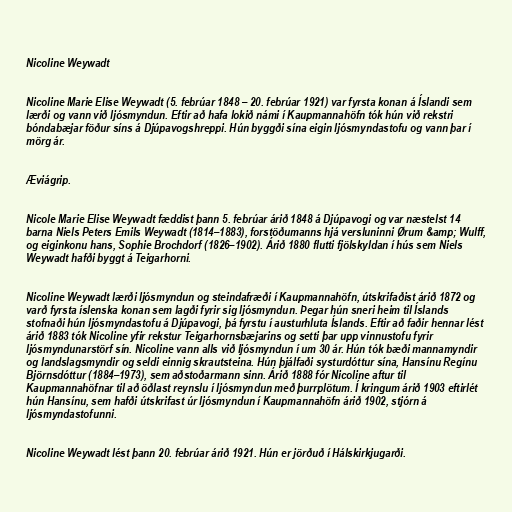
Nicoline Weywadt

Nicoline Marie Elise Weywadt (5. febrúar 1848 – 20. febrúar 1921) var fyrsta konan á Íslandi sem
lærði og vann við ljósmyndun. Eftir að hafa lokið námi í Kaupmannahöfn tók hún við rekstri
bóndabæjar föður síns á Djúpavogshreppi. Hún byggði sína eigin ljósmyndastofu og vann þar í
mörg ár.

Æviágrip.

Nicole Marie Elise Weywadt fæddist þann 5. febrúar árið 1848 á Djúpavogi og var næstelst 14
barna Niels Peters Emils Weywadt (1814–1883), forstöðumanns hjá versluninni Ørum &amp; Wulff,
og eiginkonu hans, Sophie Brochdorf (1826–1902). Árið 1880 flutti fjölskyldan í hús sem Niels
Weywadt hafði byggt á Teigarhorni.

Nicoline Weywadt lærði ljósmyndun og steindafræði í Kaupmannahöfn, útskrifaðist árið 1872 og
varð fyrsta íslenska konan sem lagði fyrir sig ljósmyndun. Þegar hún sneri heim til Íslands
stofnaði hún ljósmyndastofu á Djúpavogi, þá fyrstu í austurhluta Íslands. Eftir að faðir hennar lést
árið 1883 tók Nicoline yfir rekstur Teigarhornsbæjarins og setti þar upp vinnustofu fyrir
ljósmyndunarstörf sín. Nicoline vann alls við ljósmyndun í um 30 ár. Hún tók bæði mannamyndir
og landslagsmyndir og seldi einnig skrautsteina. Hún þjálfaði systurdóttur sína, Hansínu Regínu
Björnsdóttur (1884–1973), sem aðstoðarmann sinn. Árið 1888 fór Nicoline aftur til
Kaupmannahöfnar til að öðlast reynslu í ljósmyndun með þurrplötum. Í kringum árið 1903 eftirlét
hún Hansínu, sem hafði útskrifast úr ljósmyndun í Kaupmannahöfn árið 1902, stjórn á
ljósmyndastofunni.

Nicoline Weywadt lést þann 20. febrúar árið 1921. Hún er jörðuð í Hálskirkjugarði.